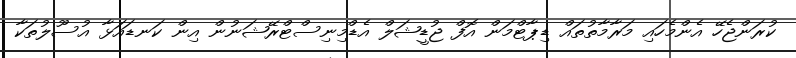
ކުރަންޖެހޭ އެންމެހައި މަރާމާތުތައް ޑިޕާޓްމަން އޮފް ޖުޑީޝަލް އެޑްމިނިސްޓްރޭޝަނުން އިން ކަނޑައަޅާ އުސޫލުތަކާ